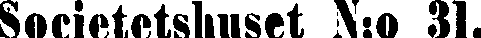
Societetshuset N:o 31.